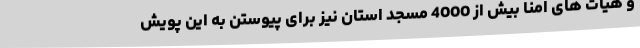
و هیات های امنا بیش از 4000 مسجد استان نیز برای پیوستن به این پویش